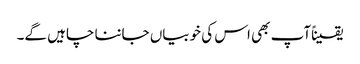
یقیناًآپ بھی اس کی خوبیاں جاننا چاہیں گے۔